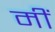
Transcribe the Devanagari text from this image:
मीं